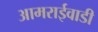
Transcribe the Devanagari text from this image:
आमराईवाडी